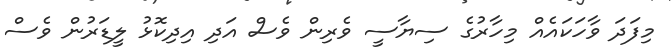
މިފަދަ ވާހަކައެއް މިހާރުގެ ސިޔާސީ ވެރިން ވެސް އަދި އިދިކޮޅު ލީޑަރުން ވެސް